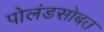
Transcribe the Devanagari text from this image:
पोलंडसोबत